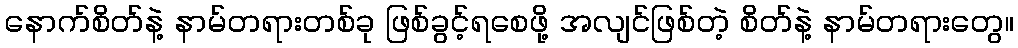
နောက်စိတ်နဲ့ နာမ်တရားတစ်ခု ဖြစ်ခွင့်ရစေဖို့ အလျင်ဖြစ်တဲ့ စိတ်နဲ့ နာမ်တရားတွေ။